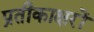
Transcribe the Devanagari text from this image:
प्रतीकाक्षरों